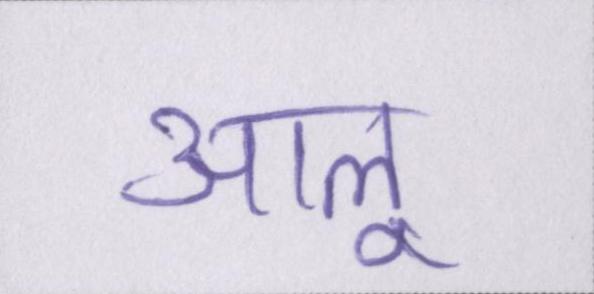
आलू